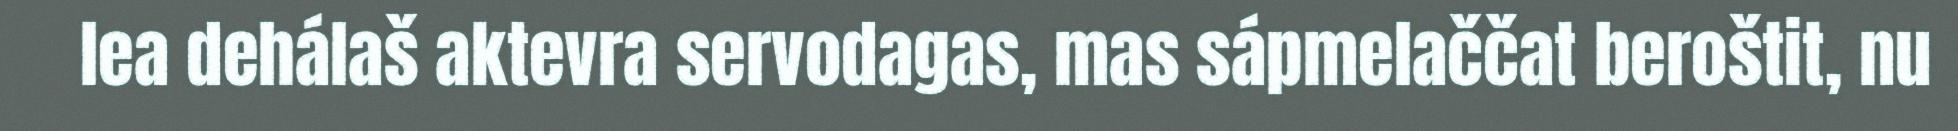
lea dehálaš aktevra servodagas, mas sápmelaččat beroštit, nu